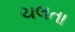
ચલતા